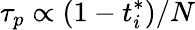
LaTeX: {\tau}_{p}\propto(1-t_{i}^{*})/N